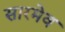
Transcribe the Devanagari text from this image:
सारमेव